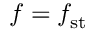
f = f _ { \mathrm { s t } }